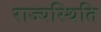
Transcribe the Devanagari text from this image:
राज्यस्थिति